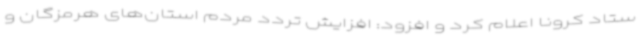
ستاد کرونا اعلام کرد و افزود: افزایش تردد مردم استان‌های هرمزگان و